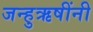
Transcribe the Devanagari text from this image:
जन्हुऋषींनी